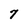
Character: 7